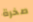
صخرة